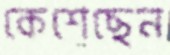
কেশেছেন